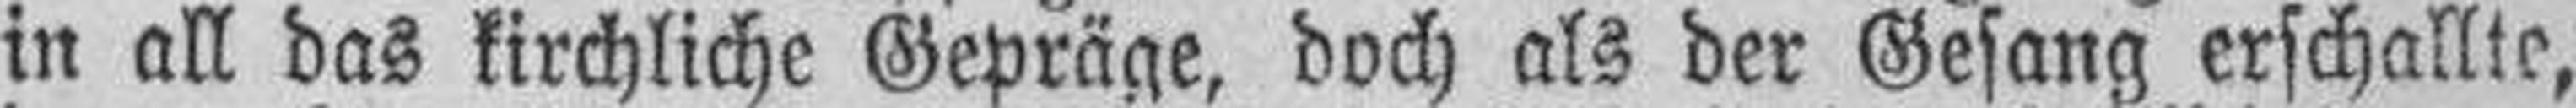
in all das kirchliche Gepräge, doch als der Gesang erschallte,